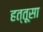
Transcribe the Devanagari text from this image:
हत्तूसा